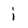
Character: i